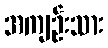
အကျဉ်းသား